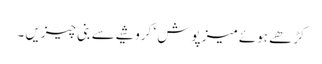
کڑھے ہوئے میز پوش ‘ کروشیے سے بنی چیزیں ۔